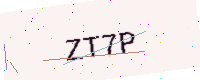
Text: ZT7P